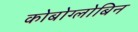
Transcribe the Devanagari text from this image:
कोबोग्लोबिन